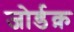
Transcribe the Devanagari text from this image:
जोर्डक़